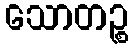
သောတဉ္စ